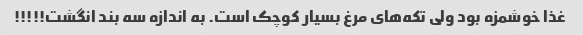
غذا خوشمزه بود ولی تکه‌های مرغ بسیار کوچک است. به اندازه سه بند انگشت!!!!!